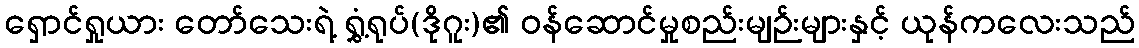
ရှောင်ရှုယား တော်သေးရဲ့ ရွှံ့ရုပ်(ဒိုဂူး)၏ ဝန်ဆောင်မှုစည်းမျဉ်းများနှင့် ယုန်ကလေးသည်